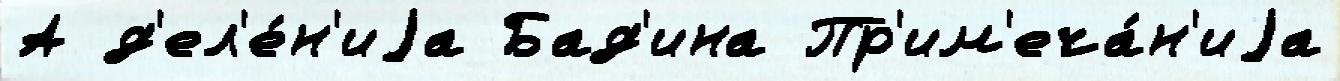
А д'ел'е́н'иjа Бад'ина Пр'им'еча́н'иjа